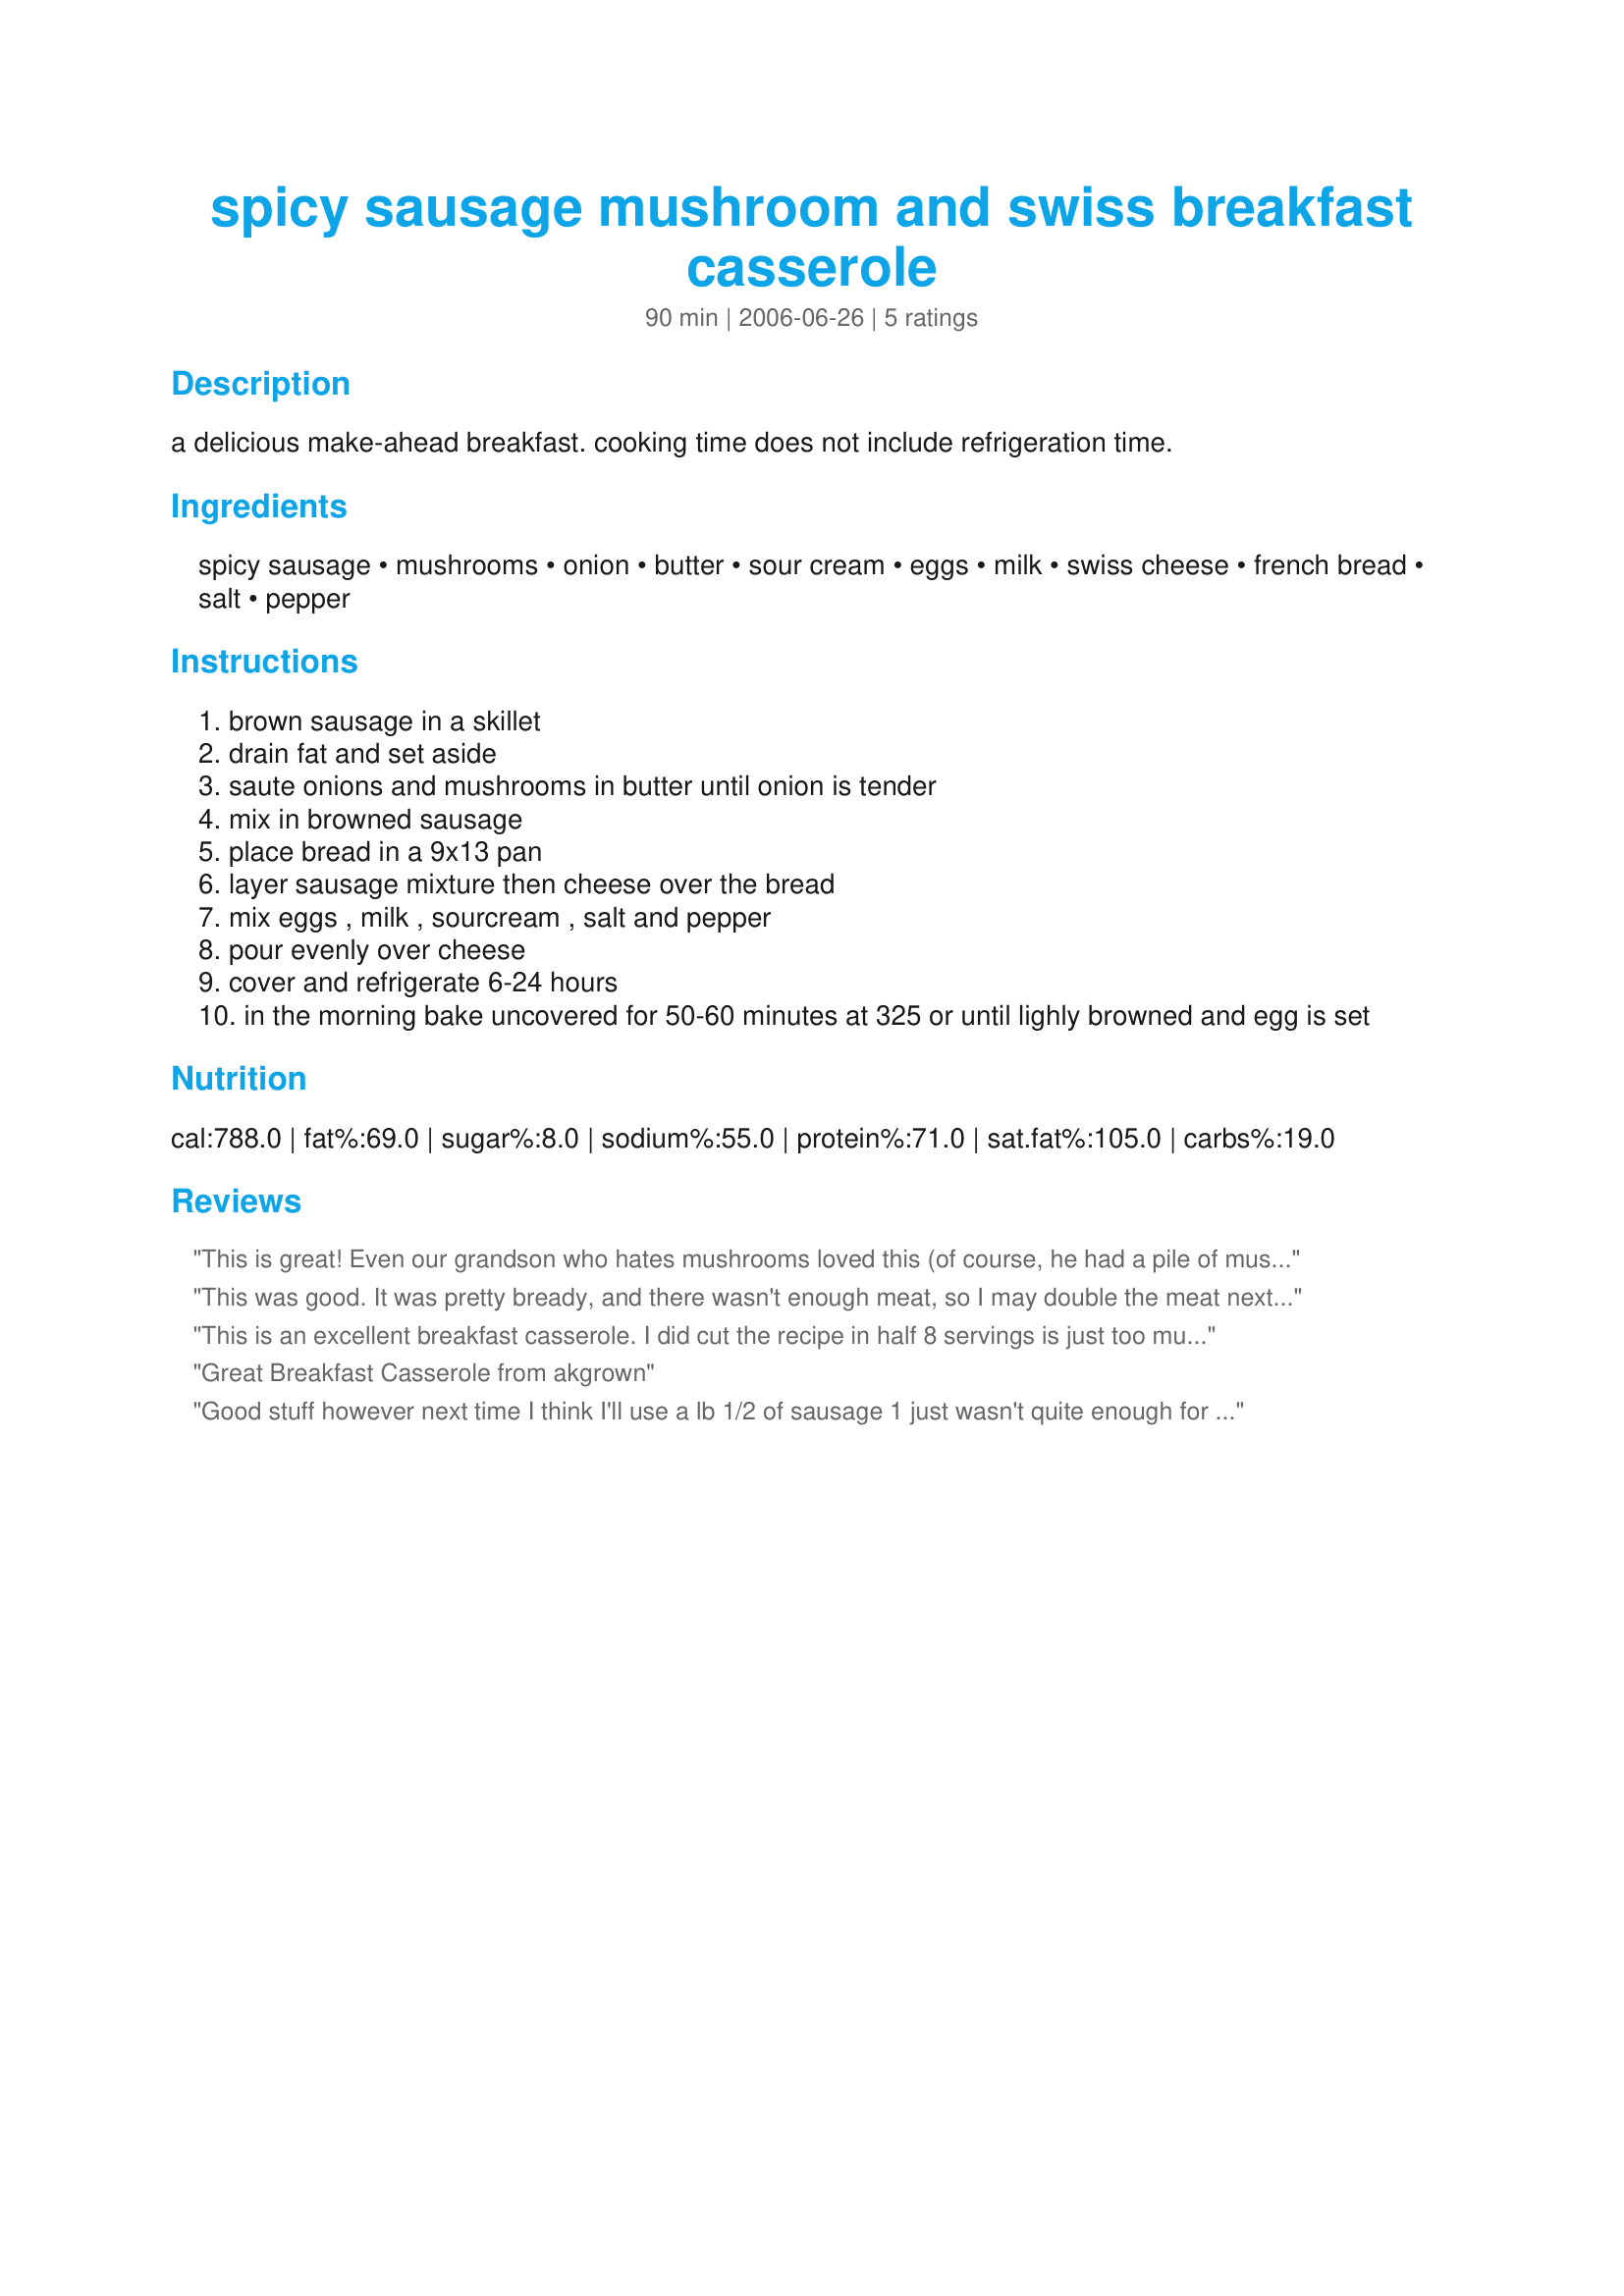
spicy sausage mushroom and swiss breakfast casserole
Preparation time: 90 minutes

a delicious make-ahead breakfast. cooking time does not include refrigeration time.

Ingredients:
spicy sausage, mushrooms, onion, butter, sour cream, eggs, milk, swiss cheese, french bread, salt, pepper

Steps:
brown sausage in a skillet
drain fat and set aside
saute onions and mushrooms in butter until onion is tender
mix in browned sausage
place bread in a 9x13 pan
layer sausage mixture then cheese over the bread
mix eggs , milk , sourcream , salt and pepper
pour evenly over cheese
cover and refrigerate 6-24 hours
in the morning bake uncovered for 50-60 minutes at 325 or until lighly browned and egg is set

Reviews:
This is great! Even our grandson who hates mushrooms loved this (of course, he had a pile of mushrooms on the side of this plate!). But, everyone had at least seconds! Thanks akgrown for a great breakfast - in fact, we're going to make this for over night company this coming weekend.
This was good. It was pretty bready, and there wasn't enough meat, so I may double the meat next time. It's similar to a recipe my mom makes that I always liked. Good stuff!
This is an excellent breakfast casserole. I did cut the recipe in half 8 servings is just too much for 2 people. This is a keeper.
Great Breakfast Casserole from akgrown
Good stuff however next time I think I'll use a lb 1/2 of sausage 1 just wasn't quite enough for me. Very good though :)
